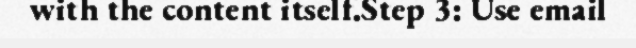
with the content itself.Step 3: Use email